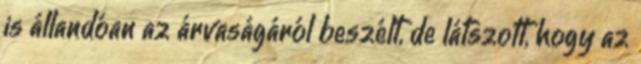
is állandóan az árvaságáról beszélt, de látszott, hogy az